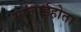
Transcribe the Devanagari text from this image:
सप्लाईहोता